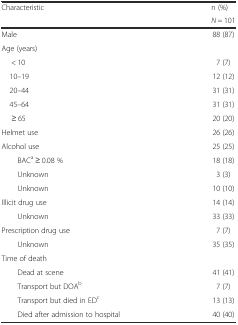
<table><thead><tr><td rowspan="2"><b>Characteristic</b></td><td><b>n (%)</b></td></tr><tr><td><b><i>N</i> = 101</b></td></tr></thead><tbody><tr><td>Male</td><td>88 (87)</td></tr><tr><td>Age (years)</td><td></td></tr><tr><td>&lt; 10</td><td>7 (7)</td></tr><tr><td> 10–19</td><td>12 (12)</td></tr><tr><td> 20–44</td><td>31 (31)</td></tr><tr><td> 45–64</td><td>31 (31)</td></tr><tr><td>≥ 65</td><td>20 (20)</td></tr><tr><td>Helmet use</td><td>26 (26)</td></tr><tr><td>Alcohol use</td><td>25 (25)</td></tr><tr><td>BAC<sup>a</sup> ≥ 0.08 %</td><td>18 (18)</td></tr><tr><td>Unknown</td><td>3 (3)</td></tr><tr><td>Unknown</td><td>10 (10)</td></tr><tr><td>Illicit drug use</td><td>14 (14)</td></tr><tr><td>Unknown</td><td>33 (33)</td></tr><tr><td>Prescription drug use</td><td>7 (7)</td></tr><tr><td>Unknown</td><td>35 (35)</td></tr><tr><td>Time of death</td><td></td></tr><tr><td>Dead at scene</td><td>41 (41)</td></tr><tr><td>Transport but DOA<sup>b</sup></td><td>7 (7)</td></tr><tr><td>Transport but died in ED<sup>c</sup></td><td>13 (13)</td></tr><tr><td>Died after admission to hospital</td><td>40 (40)</td></tr></tbody></table>